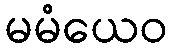
မမံယေဝ